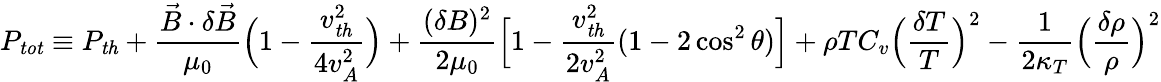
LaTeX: P_{\mathit{tot}}\equiv P_{\mathit{th}}+\frac{\vec{B}\cdot\delta\vec{B}}{\mu_{0}}\Big(1-\frac{v_{\mathit{th}}^{2}}{4v_{A}^{2}}\Big)+\frac{(\delta B)^{2}}{2\mu_{0}}\Big[1-\frac{v_{\mathit{th}}^{2}}{2v_{A}^{2}}(1-2\cos^{2}\theta)\Big]+\rho TC_{v}\Big(\frac{\delta T}{T}\Big)^{2}-\frac{1}{2\kappa_{T}}\Big(\frac{\delta\rho}{\rho}\Big)^{2}